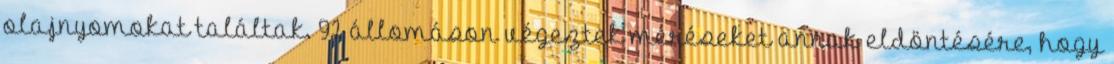
olajnyomokat találtak. 92 állomáson végeztek méréseket annak eldöntésére, hogy